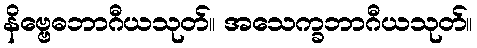
နိဗ္ဗေဓဘာဂီယသုတ်။ အသေက္ခဘာဂီယသုတ်။